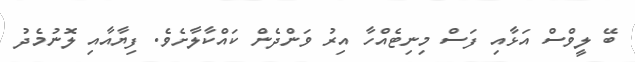
ބޭ ލީވްސް އަޅާއި ފަސް މިނިޓެއްހާ އިރު ވަންދެން ކައްކާލާށެވެ. ފިޔާއާއި ލޮނުމެދު